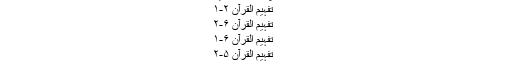
متعلقہ پوسٹ برصغیر
تفہیم القرآن ۲-۱
تفہیم القرآن ۶-۲
تفہیم القرآن ۶-۱
تفہیم القرآن ۵-۲
تفہیم القرآن ۴۔